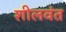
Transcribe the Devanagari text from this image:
शीलवंत